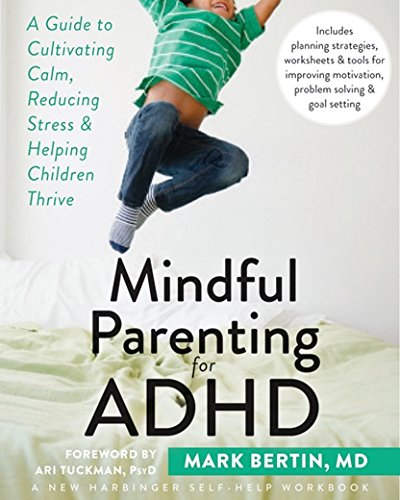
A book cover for Mindful Parenting for ADHD: A Guide to Cultivating Calm, Reducing Stress, and Helping Children Thrive; Mark Bertin MD; Parenting & Relationships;